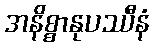
အနိစ္စာနုပဿီနံ